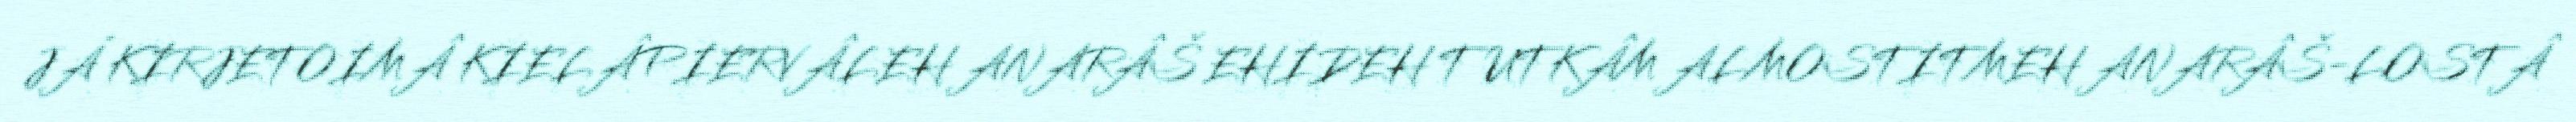
JÁ KIRJETOIMÂ KIELÂPIERVÂLEH ANARÂŠ EHIDEH TUTKÂM ALMOSTITMEH ANARÂŠ-LOSTÂ